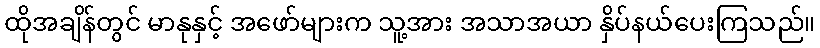
ထိုအချိန်တွင် မာနုနှင့် အဖော်များက သူ့အား အသာအယာ နှိပ်နယ်ပေးကြသည်။